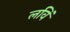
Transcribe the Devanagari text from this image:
लविं